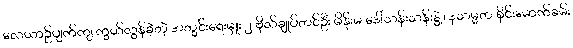
လေယာဉ်ပျက်ကျ ကွယ်လွန်ခဲ့တဲ့ အတွင်းရေးမှူး ၂ ဗိုလ်ချုပ်တင်ဦး မိန်းမ ဒေါ်သန်းသန်းနွဲ့၊ ဒုသမ္မတ စိုင်းမောက်ခမ်း